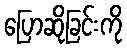
ပြောဆိုခြင်းကို